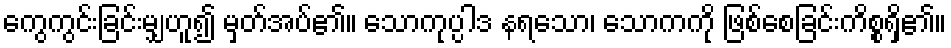
ကွေကွင်းခြင်းမျှဟူ၍ မှတ်အပ်၏။ သောကုပ္ပါဒ နရသော၊ သောကကို ဖြစ်စေခြင်းကိစ္စရှိ၏။